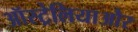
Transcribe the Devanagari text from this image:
ऑस्ट्रेलियाऔर